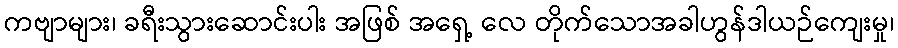
ကဗျာများ၊ ခရီးသွားဆောင်းပါး အဖြစ် အရှေ့ လေ တိုက်သောအခါဟွန်ဒါယဉ်ကျေးမှု၊